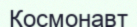
Космонавт